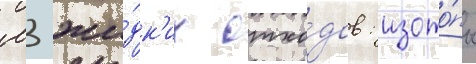
м3 жи́дк'их отхо́дов: изото́пы